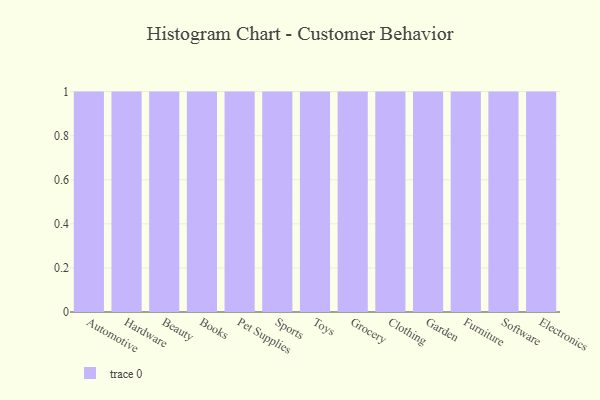
{"axis": {"x": "Category", "y": "Production Output"}, "legend": [""], "data": [{"x": "Automotive", "y": 44, "type": ""}, {"x": "Hardware", "y": 35, "type": ""}, {"x": "Beauty", "y": 39, "type": ""}, {"x": "Books", "y": 90, "type": ""}, {"x": "Pet Supplies", "y": 82, "type": ""}, {"x": "Sports", "y": 85, "type": ""}, {"x": "Toys", "y": 73, "type": ""}, {"x": "Grocery", "y": 14, "type": ""}, {"x": "Clothing", "y": 7, "type": ""}, {"x": "Garden", "y": 93, "type": ""}, {"x": "Furniture", "y": 92, "type": ""}, {"x": "Software", "y": 73, "type": ""}, {"x": "Electronics", "y": 3, "type": ""}]}